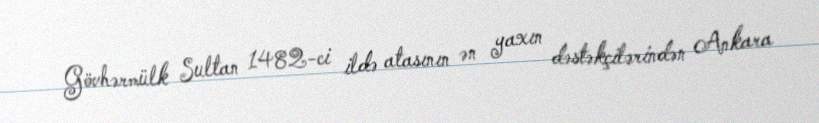
Gövhərmülk Sultan 1482-ci ildə atasının ən yaxın dəstəkçilərindən Ankara